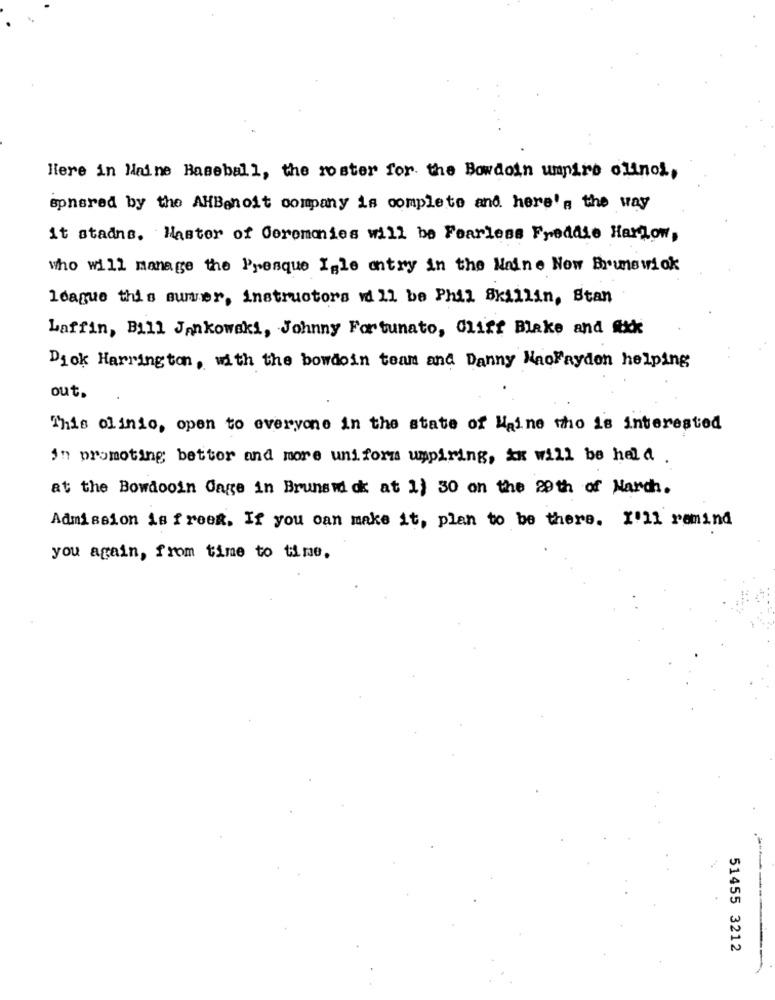
Here in Maine Baseball, the roster for the Bowdoin umpire olinol,
spnsred by the AHBenoit company is complete and here's the way
it stadns. Haster of Ceremonies will be Fearless Freddie Harlow,
who will manage the Presque Isle antry in the Naine Now Brunswiok
Idague this summer, instructors will be Phil Skillin, Stan
Laffin, Bill Jankowski, Johnny Fortunato, Cliff Blake and fikk
Diok Harrington, with the bowdoin team and Danny NaoFayden helping
out.
This olinio, open to everyone in the state of Haine who is interested
in promoting bettor and more uniforms umpiring, xx will be held .
at the Bowdooin Gage in Brunswick at 1} 30 on the 29th of March.
Admission is freek. If you can make it, plan to be there. I'll remind
you again, from time to time.
51455 3212